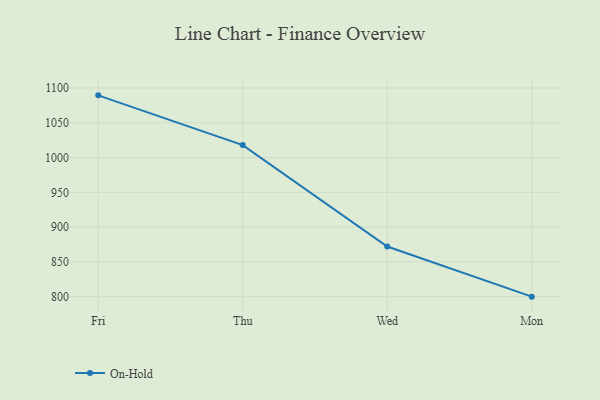
{"axis": {"x": "Day", "y": "Headcount"}, "legend": ["On-Hold"], "data": [{"x": "Fri", "y": 1089.4, "type": "On-Hold"}, {"x": "Thu", "y": 1017.9, "type": "On-Hold"}, {"x": "Wed", "y": 872.1, "type": "On-Hold"}, {"x": "Mon", "y": 800, "type": "On-Hold"}]}